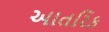
આતરિક